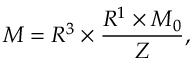
{ \cal M } = R ^ { 3 } \times \frac { R ^ { 1 } \times { \cal M } _ { 0 } } { Z } ,